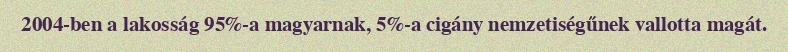
2004-ben a lakosság 95%-a magyarnak, 5%-a cigány nemzetiségűnek vallotta magát.